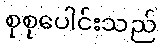
စုစုပေါင်းသည်